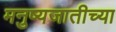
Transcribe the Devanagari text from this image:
मनुष्यजातीच्या